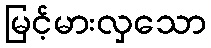
မြင့်မားလှသော